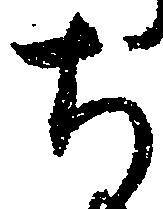
ち